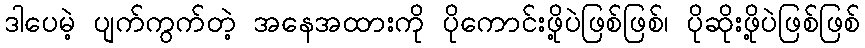
ဒါပေမဲ့ ပျက်ကွက်တဲ့ အနေအထားကို ပိုကောင်းဖို့ပဲဖြစ်ဖြစ်၊ ပိုဆိုးဖို့ပဲဖြစ်ဖြစ်